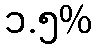
၁.၅%